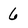
Character: 6